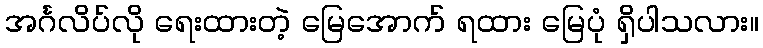
အင်္ဂလိပ်လို ရေးထားတဲ့ မြေအောက် ရထား မြေပုံ ရှိပါသလား။